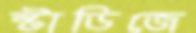
স্টাডিজে